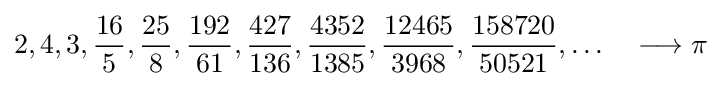
2,4,3,{\frac {16}{5}},{\frac {25}{8}},{\frac {192}{61}},{\frac {427}{136}},{\frac {4352}{1385}},{\frac {12465}{3968}},{\frac {158720}{50521}},\ldots \quad \longrightarrow \pi